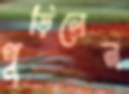
পুড়িলেন